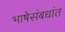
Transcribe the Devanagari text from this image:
भाषेसंबधांत